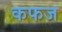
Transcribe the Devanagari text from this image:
कफज